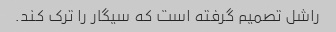
راشل تصمیم گرفته است که سیگار را ترک کند.